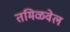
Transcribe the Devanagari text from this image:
तमिळवेल